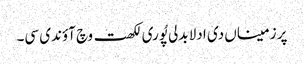
پر زمیناں دی ادلا بدلی پُوری لکھت وچ آؤندی سی۔